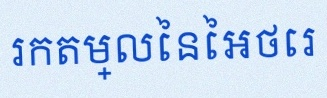
រកតម្លៃនៃអថេរ